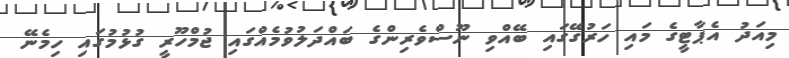
މިއަދު އެޕާޓީގެ މައި ހަރުގޭގައި ބޭއްވި ނޫސްވެރިންގެ ބައްދަލުވުމެއްގައި ޖުމްހޫރީ ގުޅުމުގައި ހިމެނޭ